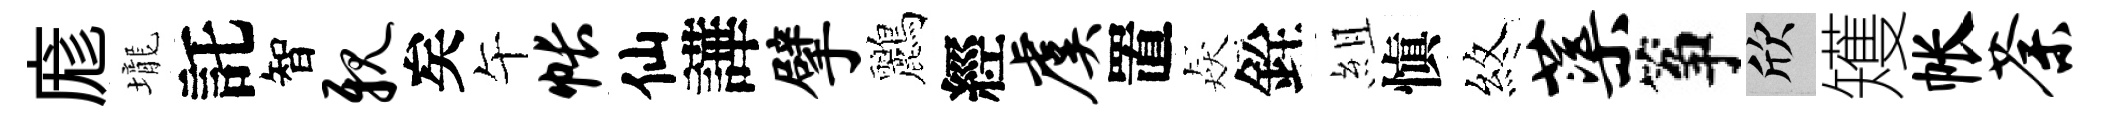
庬壠託智亲矣午帐仙譁擘鸝經虞置猋銓組愼煞蕖筝欣矱帐荼